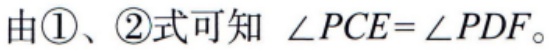
由\textcircled{1}、\textcircled{2}式可知 $\angle PCE=\angle PDF$。